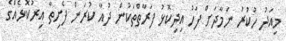
މިއަދު ހުކުރު ނަމާދަށް ފަހު އިދިކޮޅު ފަރާތްތަކުން ދުއާ ކުރަން ފެށިތާ އިރުކޮޅެއްގެ